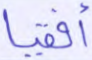
أفقيا